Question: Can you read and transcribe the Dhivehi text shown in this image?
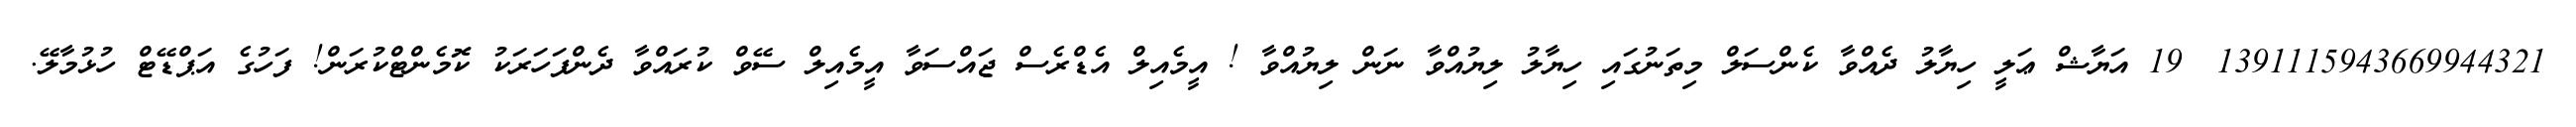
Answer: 1391115943669944321? 19 އަޔާޝް ޢަލީ ހިޔާލު ދެއްވާ ކެންސަލް މިތަނުގައި ހިޔާލު ލިޔުއްވާ ނަން ލިޔުއްވާ ! އީމެއިލް އެޑްރެސް ޖައްސަވާ އީމެއިލް ސޭވް ކުރައްވާ ދެންފަހަރަކު ކޮމެންޓްކުރަން! ފަހުގެ އަޕްޑޭޓް ހުޅުމާލޭ.